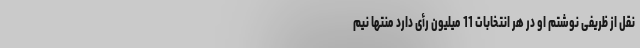
نقل از ظریفی نوشتم او در هر انتخابات 11 میلیون رأی دارد منتها نیم